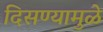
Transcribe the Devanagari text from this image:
दिसण्यामुळे